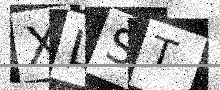
Text: XLST